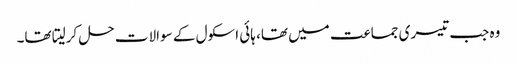
وہ جب تیسری جماعت میں تھا، ہائی اسکول کے سوالات حل کرلیتا تھا۔